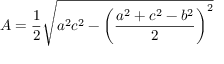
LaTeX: A = { \frac { 1 } { 2 } } { \sqrt { a ^ { 2 } c ^ { 2 } - \left( { \frac { a ^ { 2 } + c ^ { 2 } - b ^ { 2 } } { 2 } } \right) ^ { 2 } } }